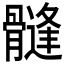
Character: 𩪌